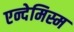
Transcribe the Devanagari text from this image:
एन्देमिस्म